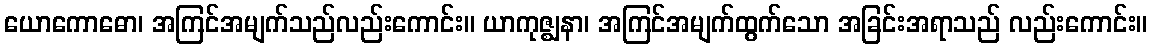
ယောကောဓော၊ အကြင်အမျက်သည်လည်းကောင်း။ ယာကုဇ္ဈနာ၊ အကြင်အမျက်ထွက်သော အခြင်းအရာသည် လည်းကောင်း။